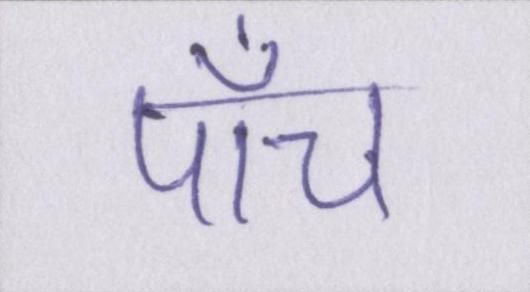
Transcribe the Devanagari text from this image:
पाँच